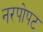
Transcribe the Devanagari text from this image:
नरपोपट